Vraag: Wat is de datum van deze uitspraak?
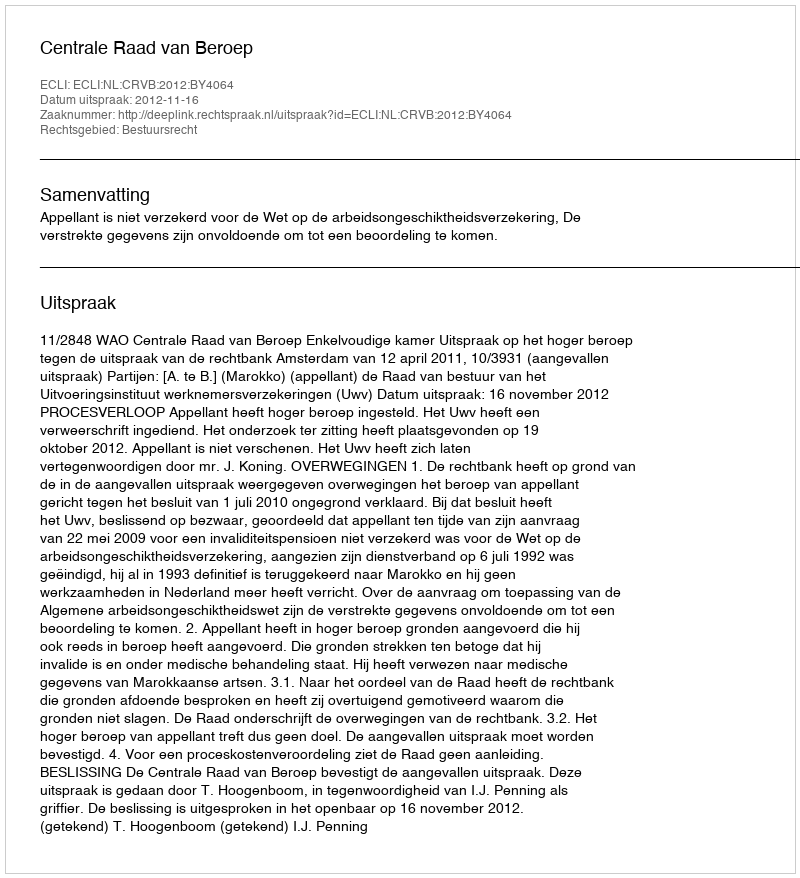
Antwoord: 2012-11-16